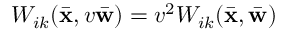
W _ { i k } ( \bar { \bf x } , v \bar { \bf w } ) = v ^ { 2 } W _ { i k } ( \bar { \bf x } , \bar { \bf w } )